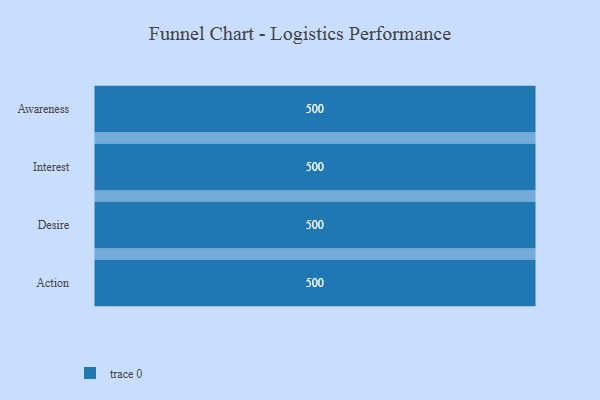
{"axis": {"x": "Stage", "y": "Value"}, "legend": [""], "data": [{"x": "Awareness", "y": 500, "type": ""}, {"x": "Interest", "y": 500, "type": ""}, {"x": "Desire", "y": 500, "type": ""}, {"x": "Action", "y": 500, "type": ""}]}